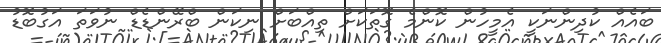
ބައެއް ކުދިންނަކީ އެމީހުން ކޮންމެ ގޮތަކަށް ތިއްބަށް ނިކަން ބްރޭންޑެޑް ނުވަތަ އަގުބޮޑު